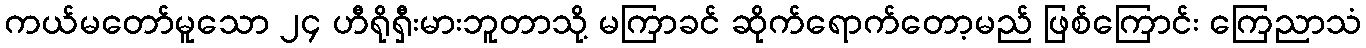
ကယ်မတော်မူသော ၂၄ ဟီရိုရှီးမားဘူတာသို့ မကြာခင် ဆိုက်ရောက်တော့မည် ဖြစ်ကြောင်း ကြေညာသံ